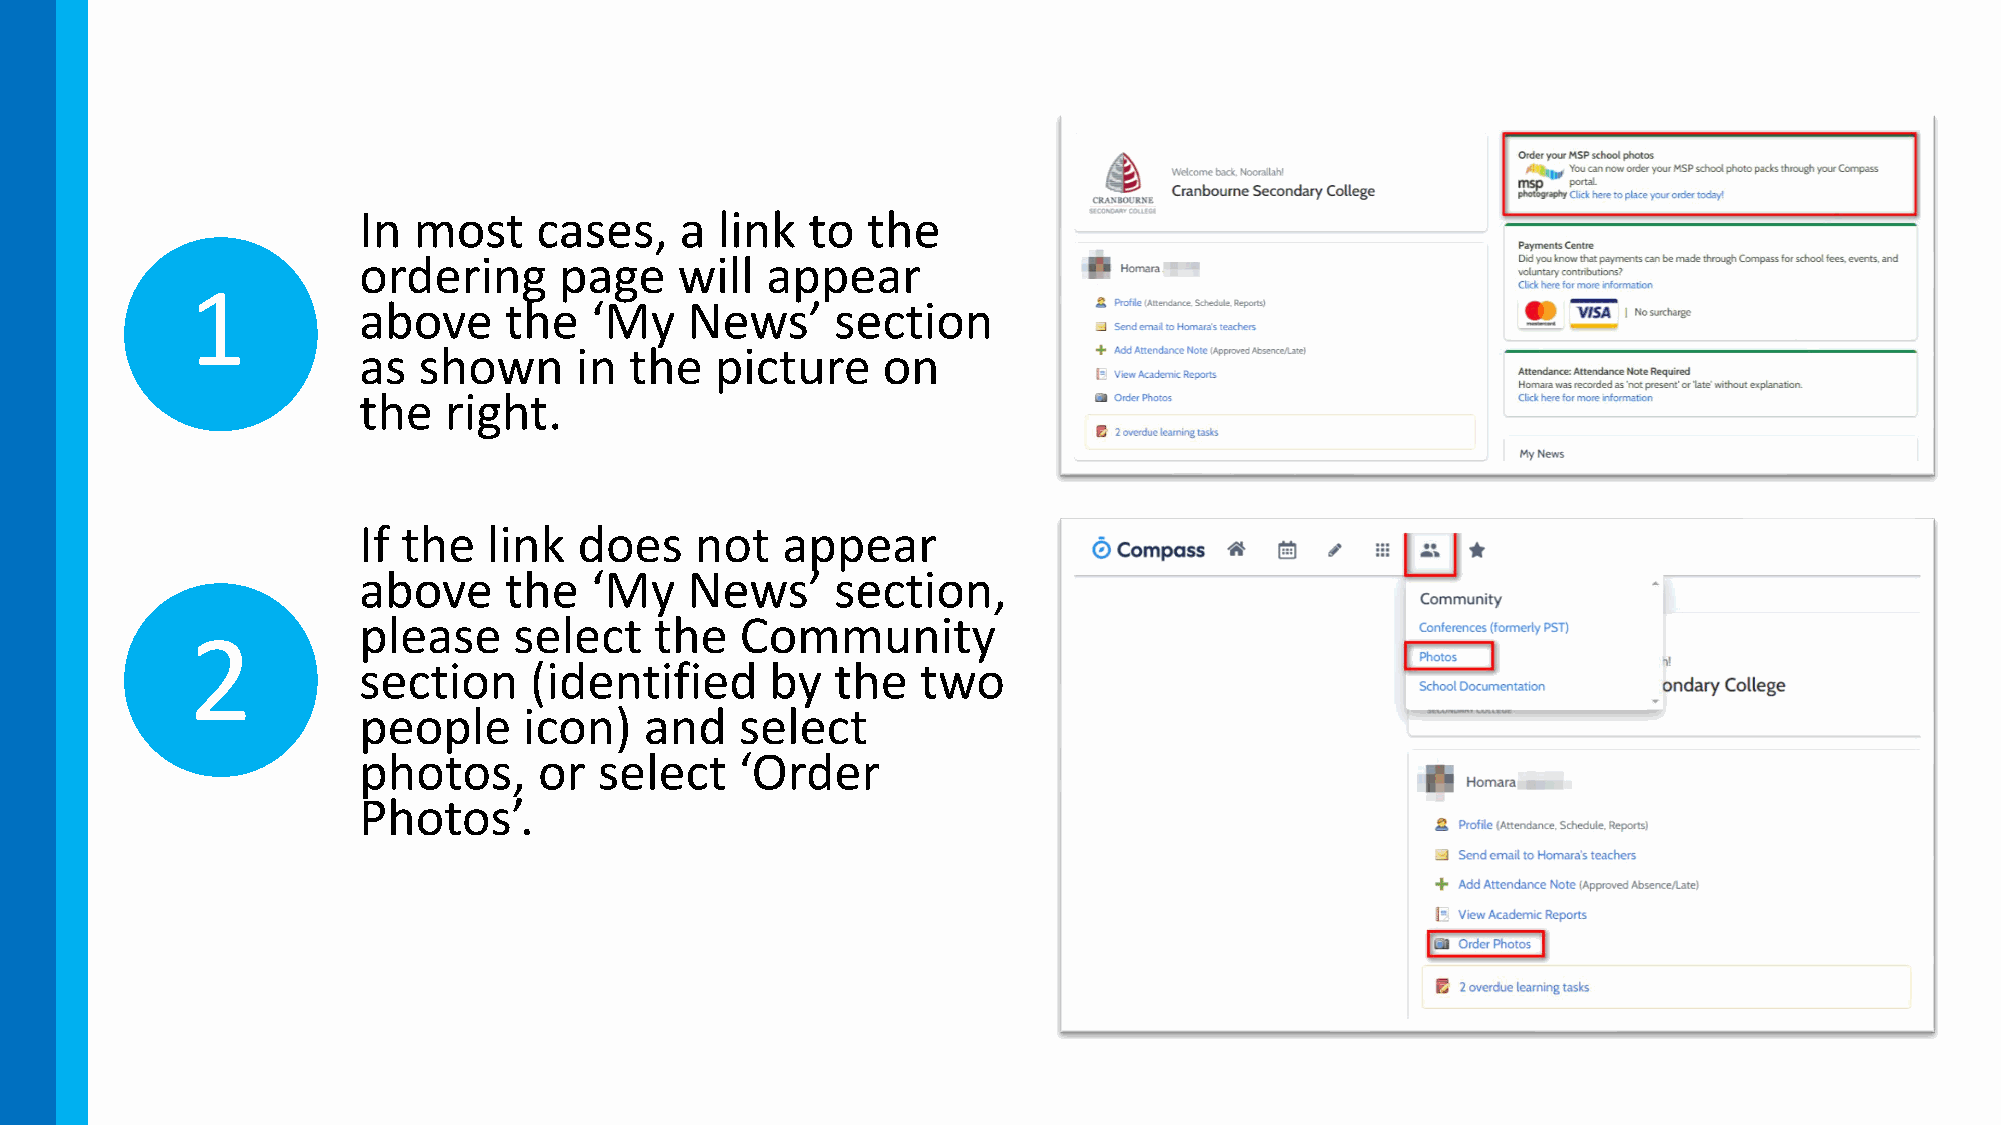
In most    cases,    a  link to  the
 ordering     page    will  appear
 1
 above    the   ‘My    News’    section
 as  shown     in  the  picture    on
 the  right.
 If the  link  does    not   appear
 above    the   ‘My    News’    section,
 please    select   the   Community
 2
 section    (identified     by  the   two
 people     icon)   and   select
 photos,     or  select   ‘Order
 Photos’.